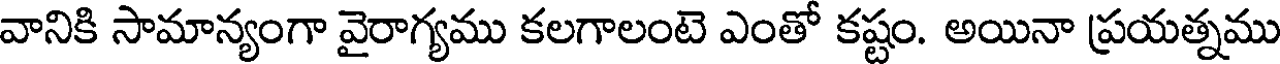
వానికి సామాన్యంగా వైరాగ్యము కలగాలంటె ఎంతో కష్టం. అయినా ప్రయత్నము